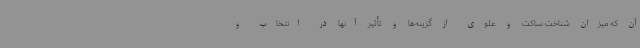
آن که میزان شناخت ساکت و علوی از گزینه‌ها و تأثیر آنها در انتخاب و